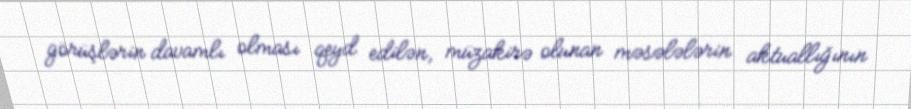
görüşlərin davamlı olması qeyd edilən, müzakirə olunan məsələlərin aktuallığının